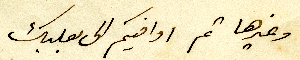
وغيرها ثم اوافيكم الى بعلبك